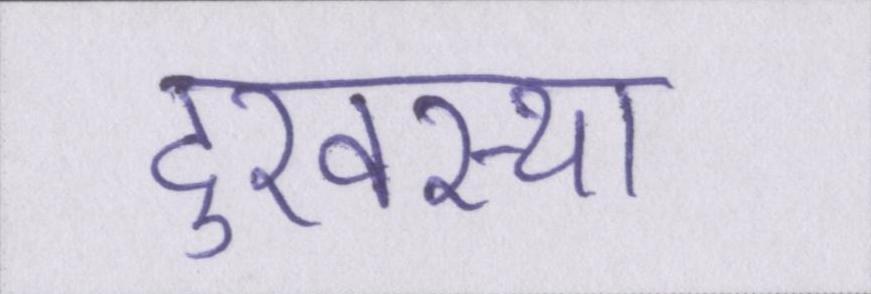
दुरवस्था